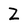
Character: Z